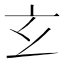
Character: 𤣥